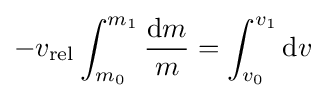
-v_{\mathrm {rel} }\int _{m_{0}}^{m_{1}}{\frac {\mathrm {d} m}{m}}=\int _{v_{0}}^{v_{1}}\mathrm {d} v